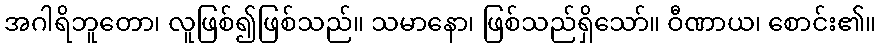
အဂါရိဘူတော၊ လူဖြစ်၍ဖြစ်သည်။ သမာနော၊ ဖြစ်သည်ရှိသော်။ ဝီဏာယ၊ စောင်း၏။